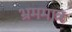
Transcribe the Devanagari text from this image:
भ्रममात्र